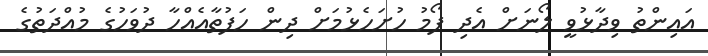
އައިންތު ވިދާޅުވީ ލޯނަށް އެދި ފޯމު ހުށަހެޅުމަށް ދިން ހަފުތާއެއްހާ ދުވަހުގެ މުއްދަތުގެ